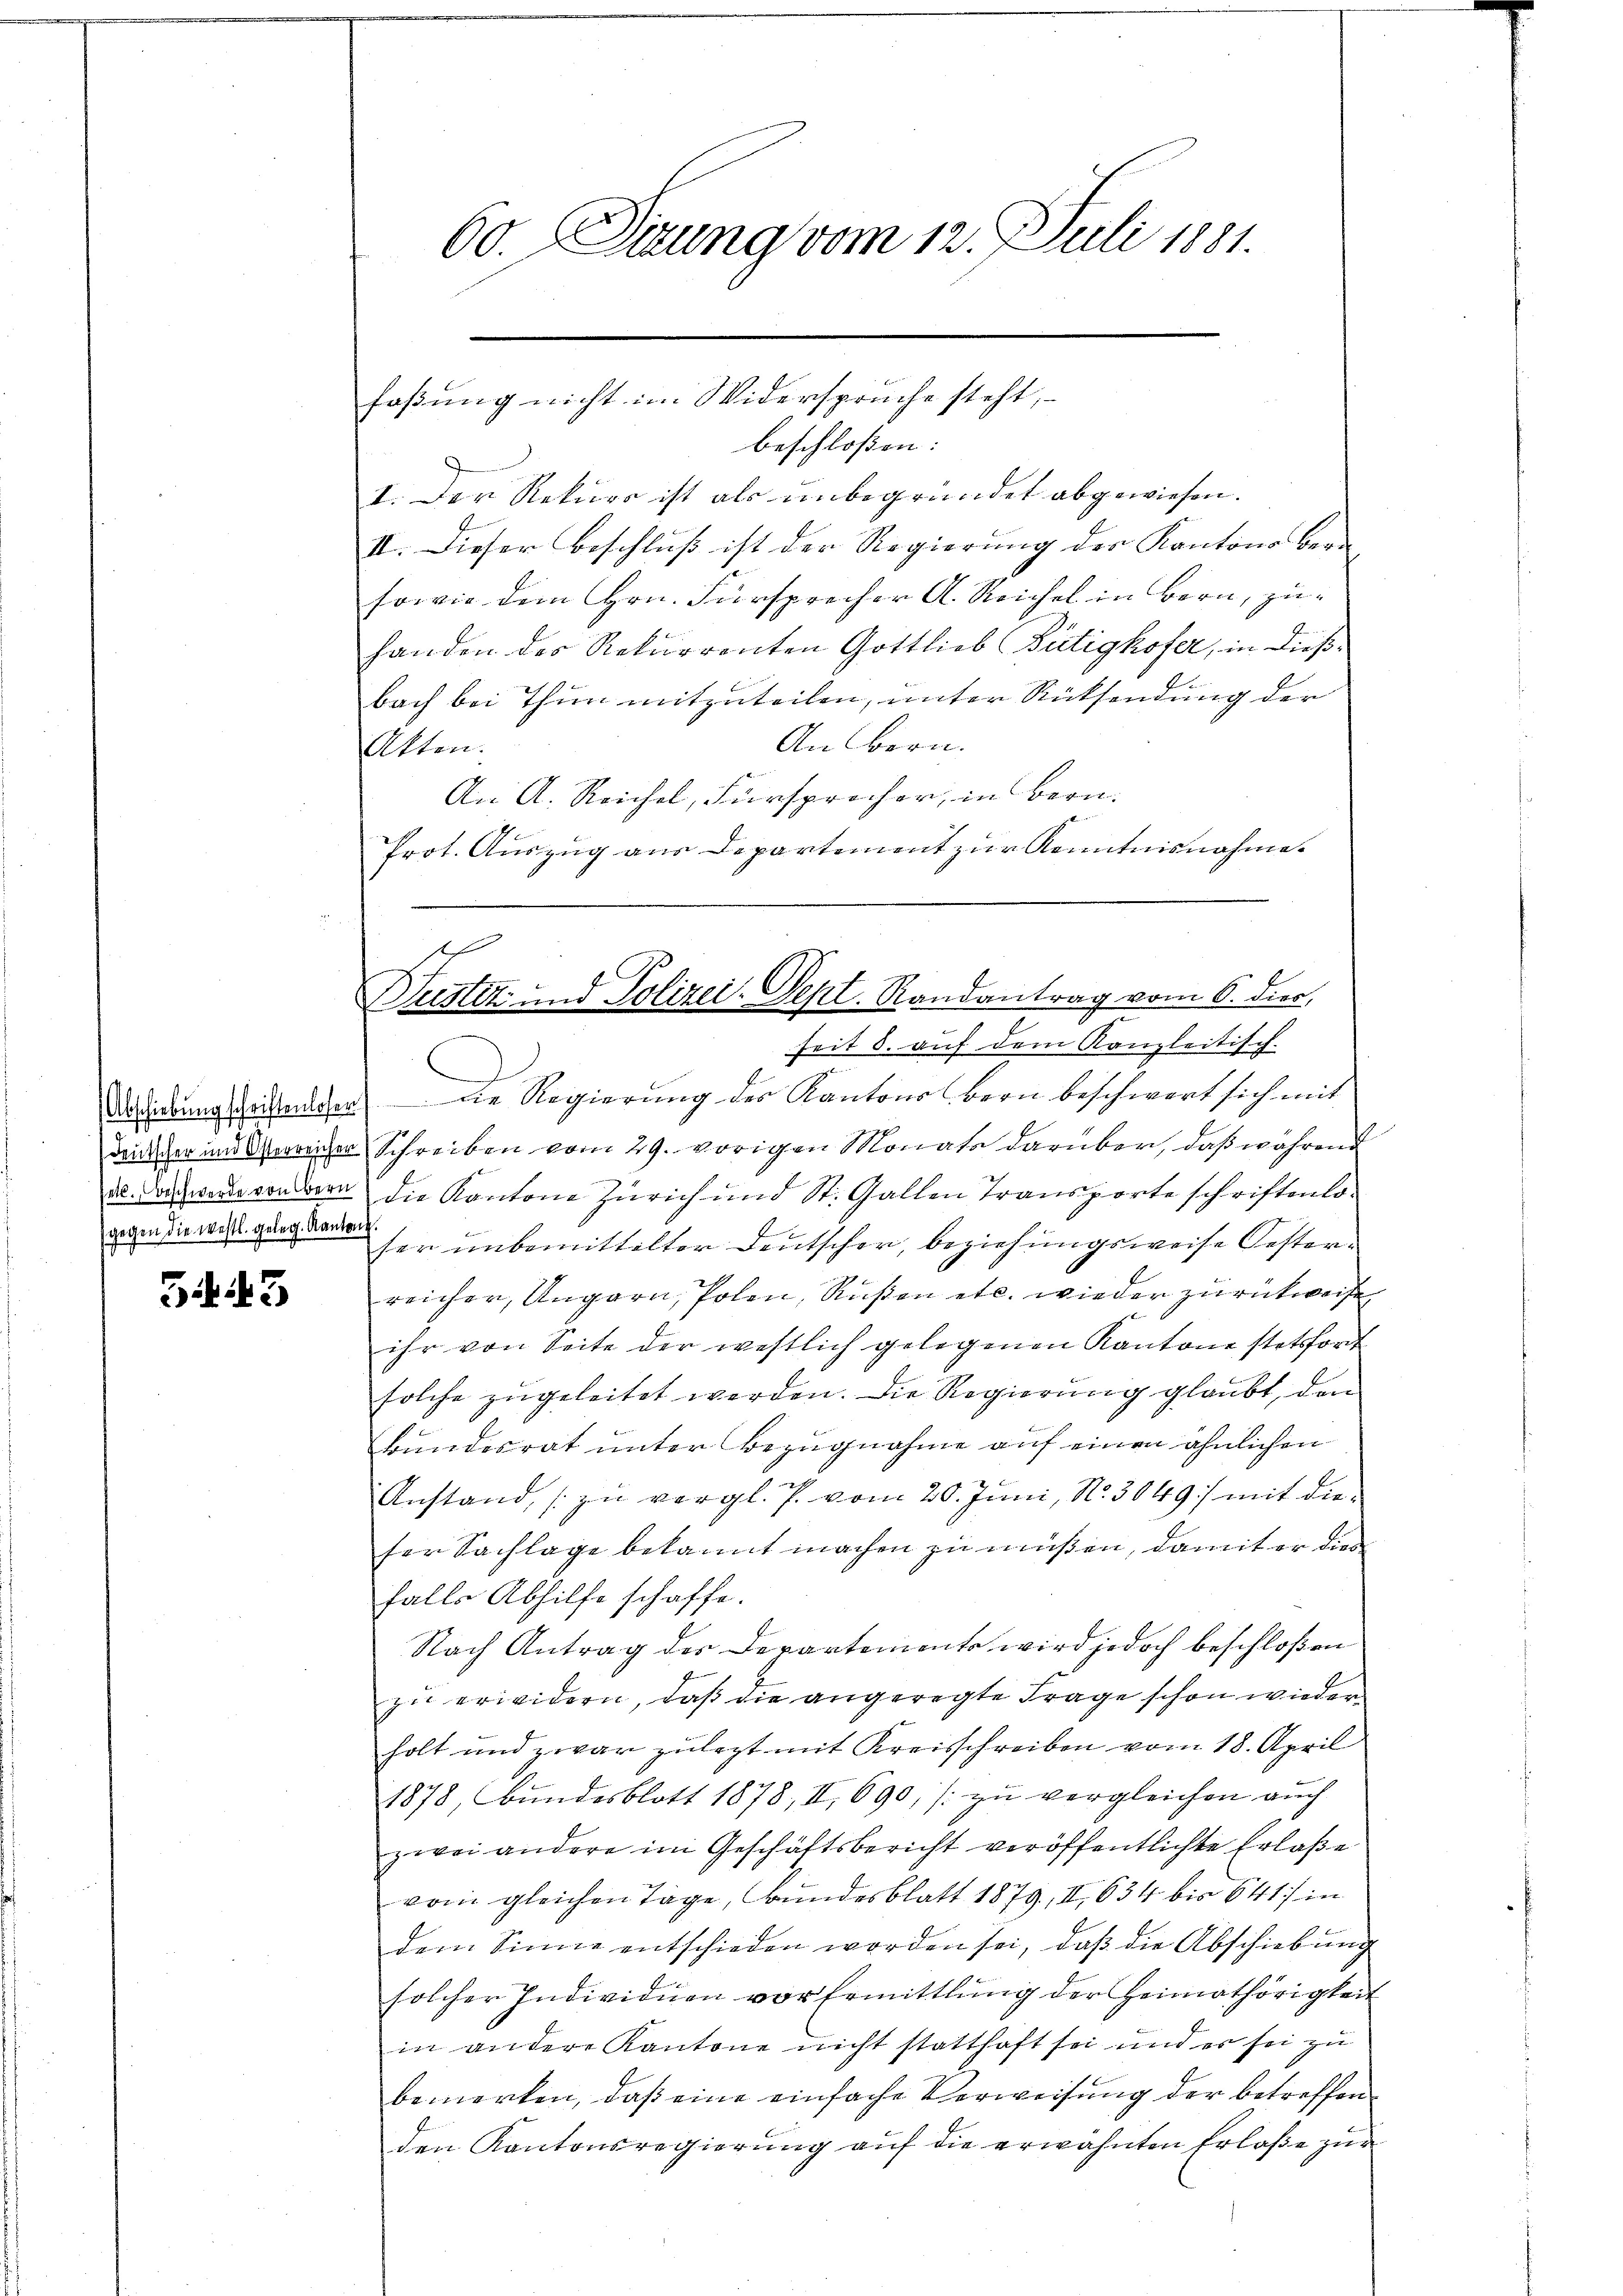
gegen die westl. geleg. Kantone.

343

60. Sitzung vom 12. Juli 1881.

beschloßen:
I. Der Rekurs ist als unbegründet abgewiesen.
II. Dieser Beschluß ist der Regierung der Kantons bere
sowie dem Hrn. Fürsprecher A. Reichel in Bern, zuhanden des Rekurrenten Gottlieb (Bütigkofer, in dießbach bei Thun mitzuteilen, unter Rücksendung der
An Bern.
Akten.
An A. Reichel, Fürsprecher, in Bern.
Prot. Auszug aus Departement zur Kenntnisnahme
seit 8. auf dem Kanzleitisch-
Dredung seitenloser die Regierung des Kantons Bern beschwert sich mit
dringer und Oberreicher Schreiben vom 29. vorigen Monats darüber, daß während
al. Doch werde condern die Kantone Zürich und St. Gallen Transporte schriftentoser unbemittelter Deutscher, beziehungsweise Oesterreicher, Ungarn, Polen, Rußen etc. wieder zurückweise
ihr von Seite der westlich gelegenen Kantone stetsfort
solche zugeleitet werden. Die Regierung glaubt, den
Bundesrat unter Bezugnahme auf einen ähnlichen
Anstand, zu vergl. P. vom 20. Juni, N. 3049) mit dieser Sachlage bekannt machen zu müßen, damit er dies
falls Abhilfe schaffe.
Nach Antrag des Departemente wird jedoch beschloßen
zu erwidern, daß die angeregte Frage schon wieder
holt und zwar zulezt mit Kreisschreiben vom 18. April
1878, Bundesblott 1878, II, 690 (zu vergleichen auch
zwei andere im Geschäftsbericht veröffentlichte Erlaße
vom gleichen Tage, Bundesblatt 1879, II 634 bis 641) in
dem Sinne entschieden worden sei, daß die Abschiebung
solcher Individuen vor Ermittlung der Heimathörigkeit
in andere Kantone nicht statthaft sei und er sei zu
bemerken, daß eine einfache Verweisung der betreffenden Kantonsregierung auf die erwähnten Erlaße zur

faßung nicht im Widerspruche steht,

s
Justiz und Polizei-Pept. Randantrag vom 6. dies,